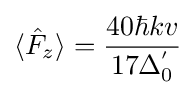
\langle {\hat {F}}_{z}\rangle ={\frac {40\hbar {}kv}{17\Delta _{0}^{'}}}